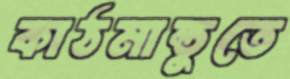
কাঠমান্ডুতে